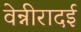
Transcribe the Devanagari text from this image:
वेन्नीरादई